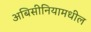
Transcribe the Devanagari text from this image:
अबिसीनियामधील